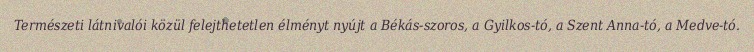
Természeti látnivalói közül felejthetetlen élményt nyújt a Békás-szoros, a Gyilkos-tó, a Szent Anna-tó, a Medve-tó.